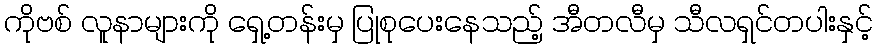
ကိုဗစ် လူနာများကို ရှေ့တန်းမှ ပြုစုပေးနေသည့် အီတလီမှ သီလရှင်တပါးနှင့်